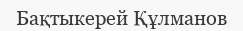
Бақтыкерей Құлманов